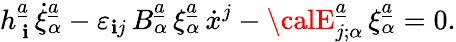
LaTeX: h_{\ \mathbf{i}}^{\underline{{{{a}}}}}\, \dot{{\xi}}_{\alpha}^{\underline{{{{a}}}}}-\varepsilon_{\mathbf{i}j}\, B_{\alpha}^{\underline{{{{a}}}}}\, \xi_{\alpha}^{\underline{{{{a}}}}}\, \dot{{x}}^{j}-{\calE}_{j;\alpha}^{\underline{{{{a}}}}}\, \xi_{\alpha}^{\underline{{{{a}}}}}=0.